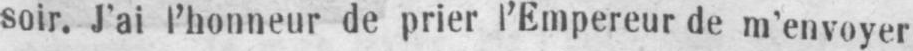
soir. J’ai l’honneur de prier l’Empereur de m’envoyer